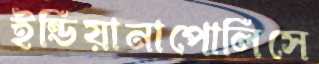
ইন্ডিয়ানাপোলিসে